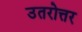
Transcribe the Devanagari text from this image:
उतरोत्तर